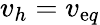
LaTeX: v_{h}=v_{\mathrm{e}q}